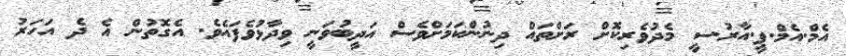
އެމް.އެމް.ޕީ.އާރު.ސީ މެދުވެރިކޮށް ރަށްތައް ދިނުންކަމަށްވެސް އަދީބުވަނީ ވިދާޅުވެފައެވެ. އެގޮތުން އެ ދެ އަހަރު